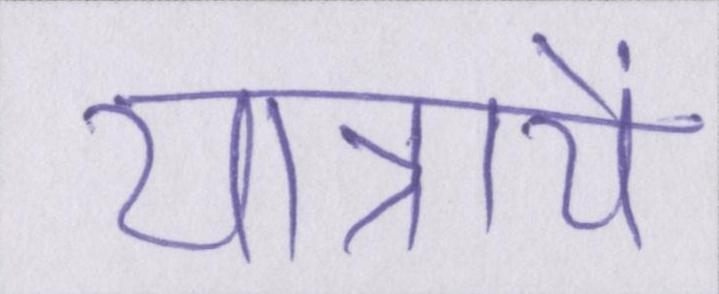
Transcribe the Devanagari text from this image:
यात्रायें